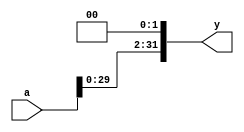
// Two-bit left shifter
module sl_2 (
        input  [31:0] a,
        output [31:0] y
);

    // shift left by 2
    assign y = {a[29:0], 2'b00};
    
endmodule